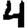
Digit: 4